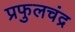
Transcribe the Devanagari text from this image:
प्रफुलचंद्र